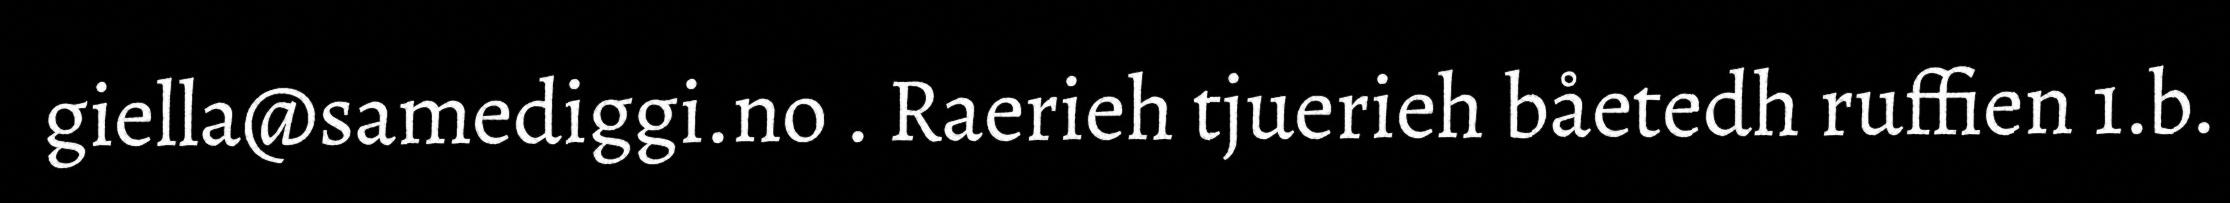
giella@samediggi.no . Raerieh tjuerieh båetedh ruffien 1.b.